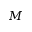
\b { M }